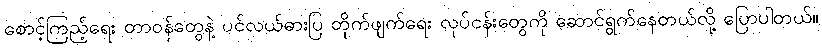
စောင့်ကြည့်ရေး တာဝန်တွေနဲ့ ပင်လယ်ဓားပြ တိုက်ဖျက်ရေး လုပ်ငန်းတွေကို ဆောင်ရွက်နေတယ်လို့ ပြောပါတယ်။